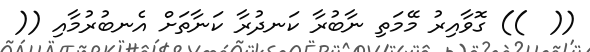
((  )) ގޮވާއިރު މޭމަތި ނާބުރާ ކަނދުރާ ކަނާތަށް އެނބުރުމާއި ((